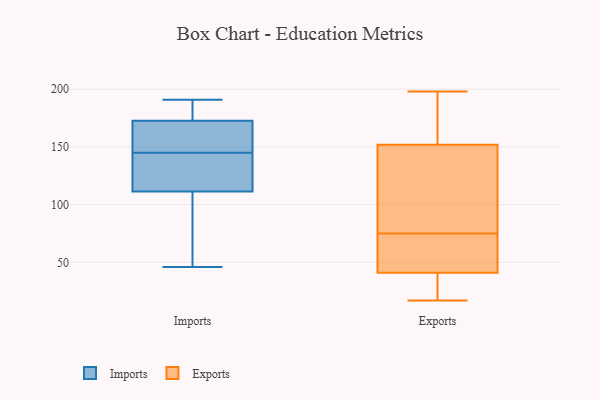
{"axis": {"x": "Inventory Turnover", "y": "Value"}, "legend": ["Exports", "Imports"], "data": [{"x": "", "y": 145, "type": "Imports"}, {"x": "", "y": 101, "type": "Imports"}, {"x": "", "y": 190, "type": "Imports"}, {"x": "", "y": 164, "type": "Imports"}, {"x": "", "y": 121, "type": "Imports"}, {"x": "", "y": 171, "type": "Imports"}, {"x": "", "y": 135, "type": "Imports"}, {"x": "", "y": 191, "type": "Imports"}, {"x": "", "y": 163, "type": "Imports"}, {"x": "", "y": 46, "type": "Imports"}, {"x": "", "y": 178, "type": "Imports"}, {"x": "", "y": 100, "type": "Imports"}, {"x": "", "y": 115, "type": "Imports"}, {"x": "", "y": 60, "type": "Exports"}, {"x": "", "y": 129, "type": "Exports"}, {"x": "", "y": 156, "type": "Exports"}, {"x": "", "y": 72, "type": "Exports"}, {"x": "", "y": 198, "type": "Exports"}, {"x": "", "y": 140, "type": "Exports"}, {"x": "", "y": 135, "type": "Exports"}, {"x": "", "y": 30, "type": "Exports"}, {"x": "", "y": 86, "type": "Exports"}, {"x": "", "y": 191, "type": "Exports"}, {"x": "", "y": 75, "type": "Exports"}, {"x": "", "y": 17, "type": "Exports"}, {"x": "", "y": 55, "type": "Exports"}, {"x": "", "y": 27, "type": "Exports"}, {"x": "", "y": 20, "type": "Exports"}, {"x": "", "y": 53, "type": "Exports"}, {"x": "", "y": 37, "type": "Exports"}, {"x": "", "y": 163, "type": "Exports"}, {"x": "", "y": 187, "type": "Exports"}]}